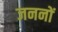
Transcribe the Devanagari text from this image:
जननों